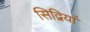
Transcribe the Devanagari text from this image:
सिद्वियां